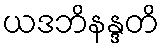
ယဒဘိနန္ဒတိ